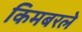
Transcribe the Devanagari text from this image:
किमबरले